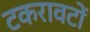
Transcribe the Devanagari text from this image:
टकरावटों